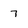
Character: 7